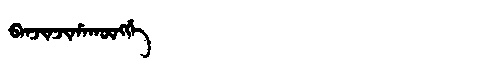
Manchu: ᠪᠠᠨᠵᡳᠨᠵᡳᡥᠠᡴᡡᠩᡤᡝ
Romanization: BANJINJIHAKŪNGGE